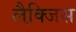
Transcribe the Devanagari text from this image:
लैक्जि़स